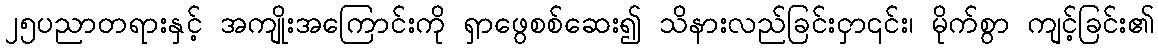
၂၅ပညာတရားနှင့် အကျိုးအကြောင်းကို ရှာဖွေစစ်ဆေး၍ သိနားလည်ခြင်းငှာ၎င်း၊ မိုက်စွာ ကျင့်ခြင်း၏